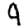
Digit: 9